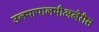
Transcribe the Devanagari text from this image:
उलथापालथीअखेरीस